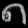
Digit: ၈